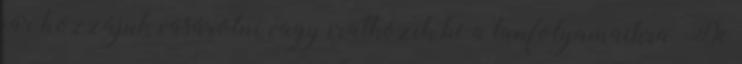
jár hozzájuk vásárolni vagy iratkozik be a tanfolyamaikra. De